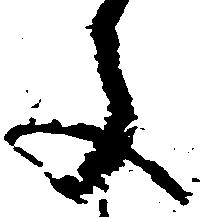
文